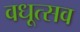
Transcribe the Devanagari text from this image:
वधूत्सव